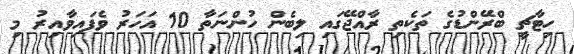
ހިޓާޗީ ބްރޭންޑުގެ ތަކެތި ރާއްޖޭގައި ލިބެން ހުންނަތާ 10 އަހަރު ވެފައިވާއިރު މި